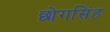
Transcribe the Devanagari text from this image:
छोगसिंह